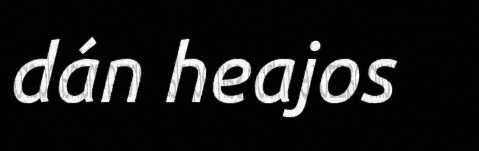
dán heajos